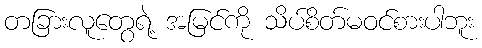
တခြားလူတွေရဲ့ အမြင်ကို သိပ်စိတ်မဝင်စားပါဘူး